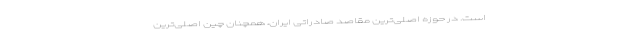
است. در حوزه اصلی‌ترین مقاصد صادراتی ایران، همچنان چین اصلی‌ترین